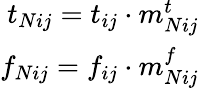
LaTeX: \begin{array}{r}{t_{Nij}=t_{ij}\cdot m_{Nij}^{t}}\\ {f_{Nij}=f_{ij}\cdot m_{Nij}^{f}}\end{array}